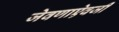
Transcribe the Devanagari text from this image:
जेवणाऐवजी